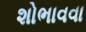
શોભાવવા